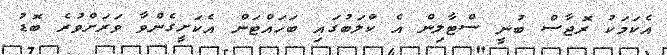
އެކަމަކު ރޮޖާސް ބުނީ ސްޓާލިން އެ ކްލަބުގައި ބަހައްޓަން އެކަށީގެންވާ ވަރަށްވުރެ ބޮޑު